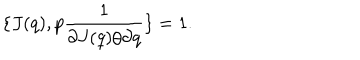
LaTeX: \{ J ( q ) , p { \frac { 1 } { \partial J ( q ) / \partial q } } \} = 1 .